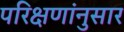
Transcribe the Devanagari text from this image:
परिक्षणांनुसार